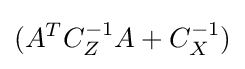
(A^{T}C_{Z}^{-1}A+C_{X}^{-1})